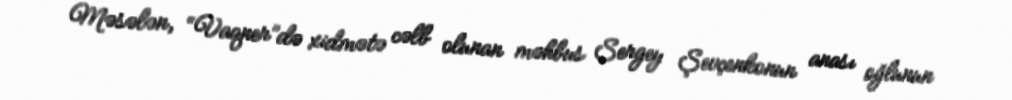
Məsələn, “Vaqner”də xidmətə cəlb olunan məhbus Sergey Şevçenkonun anası oğlunun